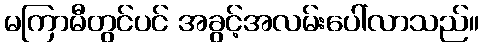
မကြာမီတွင်ပင် အခွင့်အလမ်းပေါ်လာသည်။